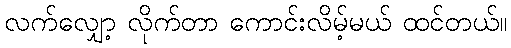
လက်လျှော့ လိုက်တာ ကောင်းလိမ့်မယ် ထင်တယ်။